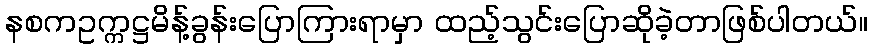
နစကဥက္ကဋ္ဌမိန့်ခွန်းပြောကြားရာမှာ ထည့်သွင်းပြောဆိုခဲ့တာဖြစ်ပါတယ်။